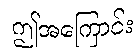
ဤအကြောင်း